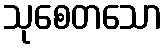
သုစေတသော